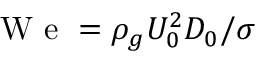
\mathrm { ~ W ~ e ~ } = \rho _ { g } U _ { 0 } ^ { 2 } D _ { 0 } / \sigma